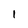
Character: 1